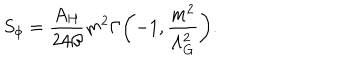
LaTeX: S _ { \phi } = \frac { A _ { H } } { 2 4 \beta } m ^ { 2 } \Gamma \biggl ( - 1 , \frac { m ^ { 2 } } { \Lambda _ { G } ^ { 2 } } \biggr ) .